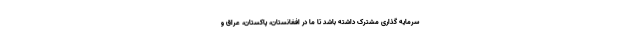
سرمایه گذاری مشترک داشته باشد تا ما در افغانستان، پاکستان، عراق و